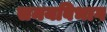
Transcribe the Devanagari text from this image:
समयविभाग